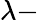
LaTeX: \lambda-